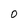
Character: 0